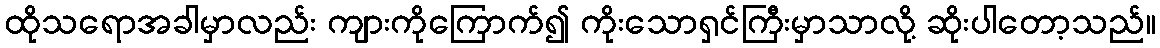
ထိုသရောအခါမှာလည်း ကျားကိုကြောက်၍ ကိုးသောရှင်ကြီးမှာသာလို့ ဆိုးပါတော့သည်။